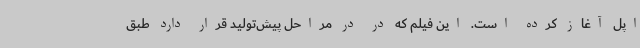
اپل آغاز کرده است. این فیلم که در در مراحل پیش‌تولید قرار دارد طبق